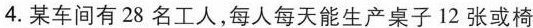
4.某车间有28名工人，每人每天能生产桌子12张或椅